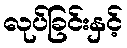
လုပ်ခြင်းနှင့်